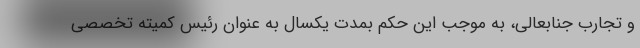
و تجارب جنابعالی، به موجب این حکم بمدت یکسال به عنوان رئیس کمیته تخصصی